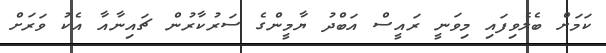
ކަމަށް ބެލެވިފައި މިވަނީ ރައީސް އަބްދު ޔާމީންގެ ސަރުކާރުން ޗައިނާއާ އެކު ވަރަށް